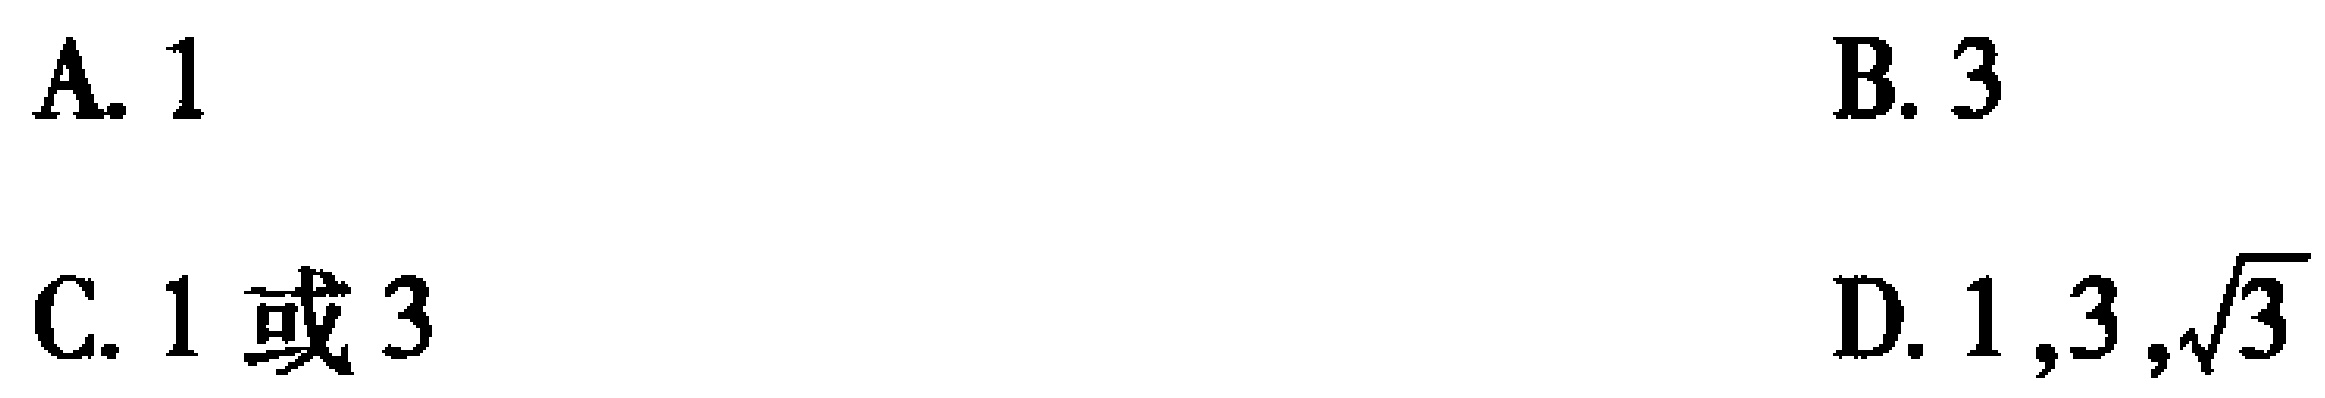
A. 1
B. 3
C. 1 或 3
D. \(1,3,\sqrt{3}\)